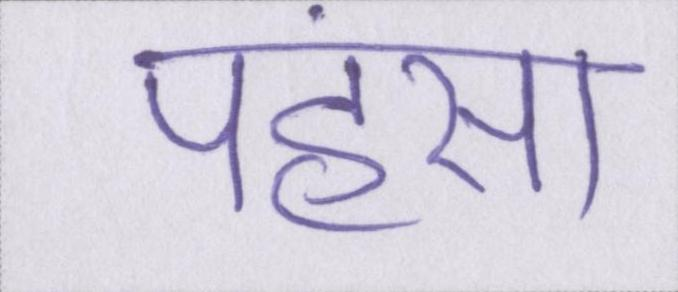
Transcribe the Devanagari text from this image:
पहंसा